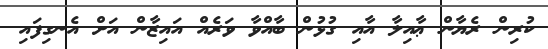
ކުރިން ރެޔާން ޢާއިލާ އާއި ގުޅުން ބާއްވާ ވަރެއް އައިޒާން އަށް އެނގިފައި